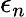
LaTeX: \epsilon_{n}